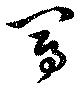
写